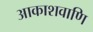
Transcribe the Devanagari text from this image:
आकाशवाणि